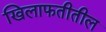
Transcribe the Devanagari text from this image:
खिलाफतीतील